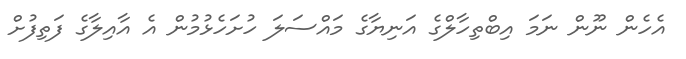
އެހެން ނޫން ނަމަ އިބްތިހާލްގެ އަނިޔާގެ މައްސަލަ ހުށަހެޅުމުން އެ އާއިލާގެ ފަތިފުށް